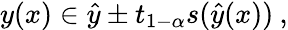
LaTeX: y(x)\in\hat{y}\pm t_{1-\alpha}s(\hat{y}(x))\: ,